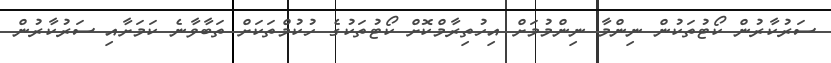
ސަރުކާރުން ކޯޓުތަކުން ނިންމާ ނިންމުމަށް އިހުތިރާމްކޮށް ކޯޓުތަކުގެ ހުކުމްތަކަށް ތަބާވާނެ ކަމަށާއި ސަރުކާރުން